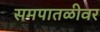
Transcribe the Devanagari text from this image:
समपातळीवर